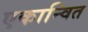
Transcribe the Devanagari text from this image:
एकान्वित